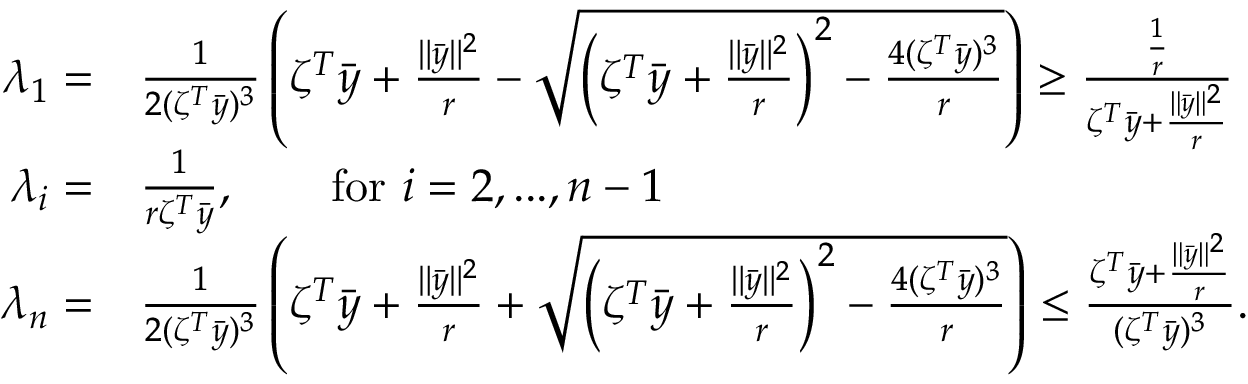
\begin{array} { r l } { \lambda _ { 1 } = } & { \frac { 1 } { 2 ( \zeta ^ { T } \bar { y } ) ^ { 3 } } \left( \zeta ^ { T } \bar { y } + \frac { \| \bar { y } \| ^ { 2 } } { r } - \sqrt { \left( \zeta ^ { T } \bar { y } + \frac { \| \bar { y } \| ^ { 2 } } { r } \right) ^ { 2 } - \frac { 4 ( \zeta ^ { T } \bar { y } ) ^ { 3 } } { r } } \right) \geq \frac { \frac { 1 } { r } } { \zeta ^ { T } \bar { y } + \frac { \| \bar { y } \| ^ { 2 } } { r } } } \\ { \lambda _ { i } = } & { \frac { 1 } { r \zeta ^ { T } \bar { y } } , \qquad \mathrm { f o r ~ } i = 2 , . . . , n - 1 } \\ { \lambda _ { n } = } & { \frac { 1 } { 2 ( \zeta ^ { T } \bar { y } ) ^ { 3 } } \left( \zeta ^ { T } \bar { y } + \frac { \| \bar { y } \| ^ { 2 } } { r } + \sqrt { \left( \zeta ^ { T } \bar { y } + \frac { \| \bar { y } \| ^ { 2 } } { r } \right) ^ { 2 } - \frac { 4 ( \zeta ^ { T } \bar { y } ) ^ { 3 } } { r } } \right) \leq \frac { \zeta ^ { T } \bar { y } + \frac { \| \bar { y } \| ^ { 2 } } { r } } { ( \zeta ^ { T } \bar { y } ) ^ { 3 } } . } \end{array}